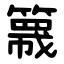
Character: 簚